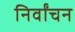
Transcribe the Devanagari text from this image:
निर्वांचन